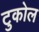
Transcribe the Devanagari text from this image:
टुकोल